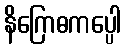
နိဂြောဓကပ္ပေါ